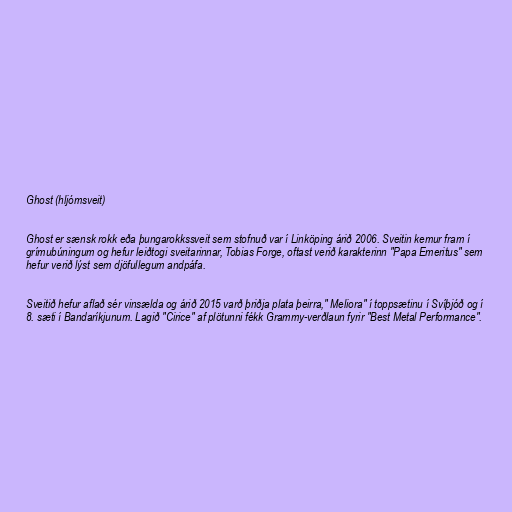
Ghost (hljómsveit)

Ghost er sænsk rokk eða þungarokkssveit sem stofnuð var í Linköping árið 2006. Sveitin kemur fram í
grímubúningum og hefur leiðtogi sveitarinnar, Tobias Forge, oftast verið karakterinn "Papa Emeritus" sem
hefur verið lýst sem djöfullegum andpáfa.

Sveitið hefur aflað sér vinsælda og árið 2015 varð þriðja plata þeirra," Meliora" í toppsætinu í Svíþjóð og í
8. sæti í Bandaríkjunum. Lagið "Cirice" af plötunni fékk Grammy-verðlaun fyrir "Best Metal Performance".